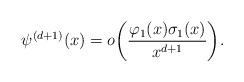
LaTeX: \begin{align*}\psi^{(d+1)}(x) = o\bigg(\frac{\varphi_1(x) \sigma_1(x)}{x^{d+1}}\bigg).\end{align*}